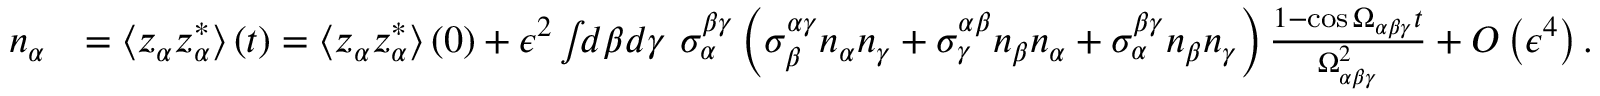
\begin{array} { r l } { n _ { \alpha } } & { = \left\langle z _ { \alpha } z _ { \alpha } ^ { * } \right\rangle \left( t \right) = \left\langle z _ { \alpha } z _ { \alpha } ^ { * } \right\rangle \left( 0 \right) + \epsilon ^ { 2 } \int \! \! d \beta d \gamma \ \sigma _ { \alpha } ^ { \beta \gamma } \left( \sigma _ { \beta } ^ { \alpha \gamma } n _ { \alpha } n _ { \gamma } + \sigma _ { \gamma } ^ { \alpha \beta } n _ { \beta } n _ { \alpha } + \sigma _ { \alpha } ^ { \beta \gamma } n _ { \beta } n _ { \gamma } \right) \frac { 1 - \cos \Omega _ { \alpha \beta \gamma } t } { \Omega _ { \alpha \beta \gamma } ^ { 2 } } + O \left( \epsilon ^ { 4 } \right) . } \end{array}